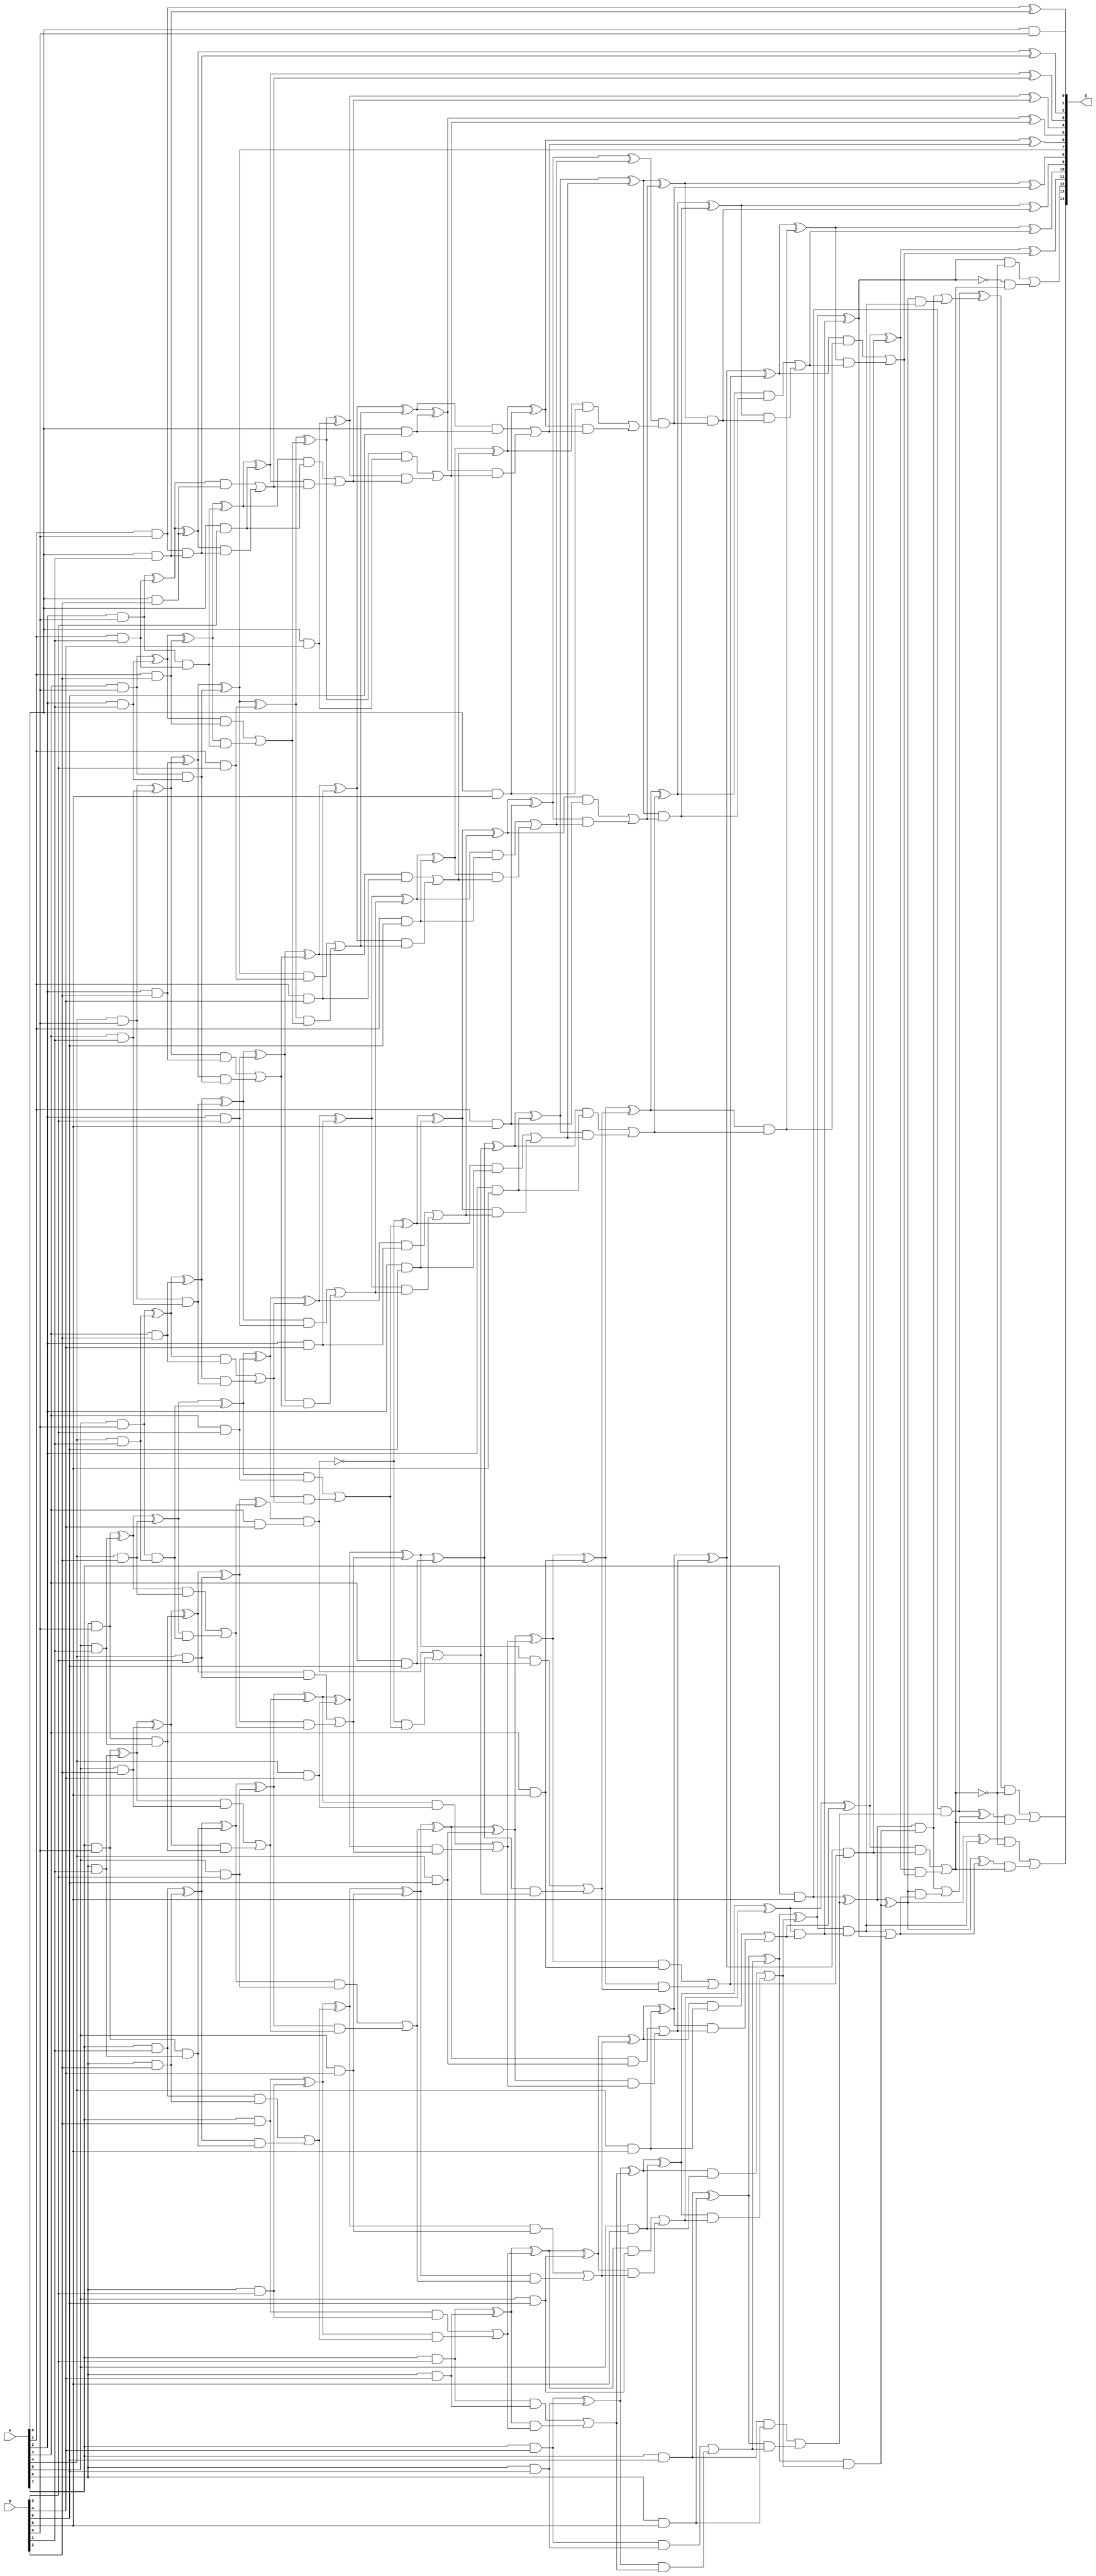
/***
* This code is a part of EvoApproxLib library (ehw.fit.vutbr.cz/approxlib) distributed under The MIT License.
* When used, please cite the following article(s): V. Mrazek, L. Sekanina, Z. Vasicek "Libraries of Approximate Circuits: Automated Design and Application in CNN Accelerators" IEEE Journal on Emerging and Selected Topics in Circuits and Systems, Vol 10, No 4, 2020 
* This file contains a circuit from a sub-set of pareto optimal circuits with respect to the pwr and ep parameters
***/
// MAE% = 0.25 %
// MAE = 82 
// WCE% = 0.78 %
// WCE = 256 
// WCRE% = 800.00 %
// EP% = 56.99 %
// MRE% = 5.77 %
// MSE = 12964 
// PDK45_PWR = 0.318 mW
// PDK45_AREA = 611.0 um2
// PDK45_DELAY = 1.45 ns

module mul8x7u_1FZ (
    A,
    B,
    O
);

input [7:0] A;
input [6:0] B;
output [14:0] O;

wire sig_15,sig_16,sig_17,sig_18,sig_19,sig_20,sig_21,sig_22,sig_23,sig_24,sig_25,sig_26,sig_27,sig_28,sig_29,sig_30,sig_31,sig_32,sig_33,sig_34;
wire sig_35,sig_36,sig_37,sig_38,sig_39,sig_40,sig_41,sig_42,sig_43,sig_44,sig_45,sig_46,sig_47,sig_48,sig_49,sig_50,sig_51,sig_52,sig_53,sig_54;
wire sig_55,sig_56,sig_57,sig_58,sig_59,sig_60,sig_61,sig_62,sig_63,sig_64,sig_65,sig_66,sig_67,sig_68,sig_69,sig_70,sig_71,sig_72,sig_73,sig_74;
wire sig_75,sig_76,sig_77,sig_78,sig_79,sig_80,sig_81,sig_82,sig_83,sig_84,sig_85,sig_86,sig_87,sig_88,sig_89,sig_90,sig_91,sig_92,sig_93,sig_94;
wire sig_95,sig_96,sig_97,sig_98,sig_99,sig_100,sig_101,sig_102,sig_103,sig_104,sig_105,sig_106,sig_107,sig_108,sig_109,sig_110,sig_111,sig_112,sig_113,sig_114;
wire sig_115,sig_116,sig_117,sig_118,sig_119,sig_120,sig_121,sig_122,sig_123,sig_124,sig_125,sig_126,sig_127,sig_128,sig_129,sig_130,sig_131,sig_132,sig_133,sig_134;
wire sig_135,sig_136,sig_137,sig_138,sig_139,sig_140,sig_141,sig_142,sig_143,sig_144,sig_145,sig_146,sig_147,sig_148,sig_149,sig_150,sig_151,sig_152,sig_153,sig_154;
wire sig_155,sig_156,sig_157,sig_158,sig_159,sig_160,sig_161,sig_162,sig_163,sig_164,sig_165,sig_166,sig_167,sig_168,sig_169,sig_170,sig_171,sig_172,sig_173,sig_174;
wire sig_175,sig_176,sig_177,sig_178,sig_179,sig_180,sig_181,sig_182,sig_183,sig_184,sig_185,sig_186,sig_187,sig_188,sig_189,sig_190,sig_191,sig_192,sig_193,sig_194;
wire sig_195,sig_196,sig_197,sig_198,sig_199,sig_200,sig_201,sig_202,sig_203,sig_204,sig_205,sig_206,sig_207,sig_208,sig_209,sig_210,sig_211,sig_212,sig_213,sig_214;
wire sig_215,sig_216,sig_217,sig_218,sig_219,sig_220,sig_221,sig_222,sig_223,sig_224,sig_225,sig_226,sig_227,sig_228,sig_229,sig_230,sig_231,sig_232,sig_233,sig_234;
wire sig_235,sig_236,sig_237,sig_238,sig_239,sig_240,sig_241,sig_242,sig_243,sig_244,sig_245,sig_246,sig_247,sig_248,sig_249,sig_250,sig_251,sig_252,sig_253,sig_254;
wire sig_255,sig_256,sig_257,sig_258,sig_259,sig_260,sig_262,sig_263,sig_264,sig_265,sig_266,sig_267,sig_268,sig_269,sig_270,sig_271,sig_272,sig_273,sig_274,sig_275;
wire sig_276,sig_277,sig_278,sig_279,sig_280,sig_281,sig_282,sig_283,sig_284,sig_285,sig_286,sig_287,sig_288,sig_289,sig_290,sig_291,sig_292,sig_293,sig_294,sig_295;
wire sig_296,sig_297,sig_298,sig_299,sig_300,sig_301,sig_302,sig_303,sig_304,sig_305,sig_306,sig_307,sig_308,sig_309,sig_310,sig_311,sig_312,sig_313,sig_314,sig_315;
wire sig_316,sig_317,sig_318,sig_319,sig_320;

assign sig_15 = A[0] & B[0];
assign sig_16 = A[1] & B[0];
assign sig_17 = A[2] & B[0];
assign sig_18 = A[3] & B[0];
assign sig_19 = A[4] & B[0];
assign sig_20 = A[5] & B[0];
assign sig_21 = A[6] & B[0];
assign sig_22 = A[7] & B[0];
assign sig_23 = A[0] & B[1];
assign sig_24 = A[1] & B[1];
assign sig_25 = A[2] & B[1];
assign sig_26 = A[3] & B[1];
assign sig_27 = A[4] & B[1];
assign sig_28 = A[5] & B[1];
assign sig_29 = A[6] & B[1];
assign sig_30 = A[7] & B[1];
assign sig_31 = sig_16 & sig_23;
assign sig_32 = sig_16 ^ sig_23;
assign sig_33 = sig_17 & sig_24;
assign sig_34 = sig_17 ^ sig_24;
assign sig_35 = sig_18 & sig_25;
assign sig_36 = sig_18 ^ sig_25;
assign sig_37 = sig_19 & sig_26;
assign sig_38 = sig_19 ^ sig_26;
assign sig_39 = sig_20 & sig_27;
assign sig_40 = sig_20 ^ sig_27;
assign sig_41 = sig_21 & sig_28;
assign sig_42 = sig_21 ^ sig_28;
assign sig_43 = sig_22 & sig_29;
assign sig_44 = sig_22 ^ sig_29;
assign sig_45 = A[0] & B[2];
assign sig_46 = A[1] & B[2];
assign sig_47 = A[2] & B[2];
assign sig_48 = A[3] & B[2];
assign sig_49 = A[4] & B[2];
assign sig_50 = A[5] & B[2];
assign sig_51 = A[6] & B[2];
assign sig_52 = A[7] & B[2];
assign sig_53 = sig_34 ^ sig_45;
assign sig_54 = sig_34 & sig_45;
assign sig_55 = sig_53 & sig_31;
assign sig_56 = sig_53 ^ sig_31;
assign sig_57 = sig_54 | sig_55;
assign sig_58 = sig_36 ^ sig_46;
assign sig_59 = sig_36 & sig_46;
assign sig_60 = sig_58 & sig_33;
assign sig_61 = sig_58 ^ sig_33;
assign sig_62 = sig_59 | sig_60;
assign sig_63 = sig_38 ^ sig_47;
assign sig_64 = sig_38 & sig_47;
assign sig_65 = sig_63 & sig_35;
assign sig_66 = sig_63 ^ sig_35;
assign sig_67 = sig_64 | sig_65;
assign sig_68 = sig_40 ^ sig_48;
assign sig_69 = sig_40 & sig_48;
assign sig_70 = sig_68 & sig_37;
assign sig_71 = sig_68 ^ sig_37;
assign sig_72 = sig_69 | sig_70;
assign sig_73 = sig_42 ^ sig_49;
assign sig_74 = sig_42 & sig_49;
assign sig_75 = sig_73 & sig_39;
assign sig_76 = sig_73 ^ sig_39;
assign sig_77 = sig_74 | sig_75;
assign sig_78 = sig_44 ^ sig_50;
assign sig_79 = sig_44 & sig_50;
assign sig_80 = sig_78 & sig_41;
assign sig_81 = sig_78 ^ sig_41;
assign sig_82 = sig_79 | sig_80;
assign sig_83 = sig_30 ^ sig_51;
assign sig_84 = sig_30 & sig_51;
assign sig_85 = sig_83 & sig_43;
assign sig_86 = sig_83 ^ sig_43;
assign sig_87 = sig_84 | sig_85;
assign sig_88 = A[0] & B[3];
assign sig_89 = A[1] & B[3];
assign sig_90 = A[2] & B[3];
assign sig_91 = A[3] & B[3];
assign sig_92 = A[4] & B[3];
assign sig_93 = A[5] & B[3];
assign sig_94 = A[6] & B[3];
assign sig_95 = A[7] & B[3];
assign sig_96 = sig_61 ^ sig_88;
assign sig_97 = sig_61 & sig_88;
assign sig_98 = sig_96 & sig_57;
assign sig_99 = sig_96 ^ sig_57;
assign sig_100 = sig_97 | sig_98;
assign sig_101 = sig_66 ^ sig_89;
assign sig_102 = sig_66 & sig_89;
assign sig_103 = sig_101 & sig_62;
assign sig_104 = sig_101 ^ sig_62;
assign sig_105 = sig_102 | sig_103;
assign sig_106 = sig_71 ^ sig_90;
assign sig_107 = sig_71 & sig_90;
assign sig_108 = sig_106 & sig_67;
assign sig_109 = sig_106 ^ sig_67;
assign sig_110 = sig_107 | sig_108;
assign sig_111 = sig_76 ^ sig_91;
assign sig_112 = sig_76 & sig_91;
assign sig_113 = sig_111 & sig_72;
assign sig_114 = sig_111 ^ sig_72;
assign sig_115 = sig_112 | sig_113;
assign sig_116 = sig_81 ^ sig_92;
assign sig_117 = sig_81 & sig_92;
assign sig_118 = sig_116 & sig_77;
assign sig_119 = sig_116 ^ sig_77;
assign sig_120 = sig_117 | sig_118;
assign sig_121 = sig_86 ^ sig_93;
assign sig_122 = sig_86 & sig_93;
assign sig_123 = sig_121 & sig_82;
assign sig_124 = sig_121 ^ sig_82;
assign sig_125 = sig_122 | sig_123;
assign sig_126 = sig_52 ^ sig_94;
assign sig_127 = sig_52 & sig_94;
assign sig_128 = sig_126 & sig_87;
assign sig_129 = sig_126 ^ sig_87;
assign sig_130 = sig_127 | sig_128;
assign sig_131 = A[0] & B[4];
assign sig_132 = A[1] & B[4];
assign sig_133 = A[2] & B[4];
assign sig_134 = A[3] & B[4];
assign sig_135 = A[4] & B[4];
assign sig_136 = A[5] & B[4];
assign sig_137 = A[6] & B[4];
assign sig_138 = A[7] & B[4];
assign sig_139 = sig_104 ^ sig_131;
assign sig_140 = sig_104 & sig_131;
assign sig_141 = sig_139 & sig_100;
assign sig_142 = sig_139 ^ sig_100;
assign sig_143 = sig_140 | sig_141;
assign sig_144 = sig_109 ^ sig_132;
assign sig_145 = sig_109 & sig_132;
assign sig_146 = sig_144 & sig_105;
assign sig_147 = sig_144 ^ sig_105;
assign sig_148 = sig_145 | sig_146;
assign sig_149 = sig_114 ^ sig_133;
assign sig_150 = sig_114 & sig_133;
assign sig_151 = sig_149 & sig_110;
assign sig_152 = sig_149 ^ sig_110;
assign sig_153 = sig_150 | sig_151;
assign sig_154 = ~(sig_119 & sig_134);
assign sig_155 = sig_119 & sig_134;
assign sig_156 = sig_154 & sig_115;
assign sig_157 = sig_154 ^ sig_115;
assign sig_158 = sig_155 | sig_156;
assign sig_159 = sig_124 ^ sig_135;
assign sig_160 = sig_124 & sig_135;
assign sig_161 = sig_159 & sig_120;
assign sig_162 = sig_159 ^ sig_120;
assign sig_163 = sig_160 | sig_161;
assign sig_164 = sig_129 ^ sig_136;
assign sig_165 = sig_129 & sig_136;
assign sig_166 = sig_164 & sig_125;
assign sig_167 = sig_164 ^ sig_125;
assign sig_168 = sig_165 | sig_166;
assign sig_169 = sig_95 ^ sig_137;
assign sig_170 = sig_95 & sig_137;
assign sig_171 = sig_169 & sig_130;
assign sig_172 = sig_169 ^ sig_130;
assign sig_173 = sig_170 | sig_171;
assign sig_174 = A[0] & B[5];
assign sig_175 = A[1] & B[5];
assign sig_176 = A[2] & B[5];
assign sig_177 = A[3] & B[5];
assign sig_178 = A[4] & B[5];
assign sig_179 = A[5] & B[5];
assign sig_180 = A[6] & B[5];
assign sig_181 = A[7] & B[5];
assign sig_182 = sig_147 ^ sig_174;
assign sig_183 = sig_147 & sig_174;
assign sig_184 = sig_182 & sig_143;
assign sig_185 = sig_182 ^ sig_143;
assign sig_186 = sig_183 | sig_184;
assign sig_187 = sig_152 ^ sig_175;
assign sig_188 = sig_152 & sig_175;
assign sig_189 = sig_187 & sig_148;
assign sig_190 = sig_187 ^ sig_148;
assign sig_191 = sig_188 | sig_189;
assign sig_192 = sig_157 ^ sig_176;
assign sig_193 = sig_157 & sig_176;
assign sig_194 = sig_192 & sig_153;
assign sig_195 = sig_192 ^ sig_153;
assign sig_196 = sig_193 | sig_194;
assign sig_197 = sig_162 ^ sig_177;
assign sig_198 = sig_162 & sig_177;
assign sig_199 = sig_197 & sig_158;
assign sig_200 = sig_197 ^ sig_158;
assign sig_201 = sig_198 | sig_199;
assign sig_202 = sig_167 ^ sig_178;
assign sig_203 = sig_167 & sig_178;
assign sig_204 = sig_202 & sig_163;
assign sig_205 = sig_202 ^ sig_163;
assign sig_206 = sig_203 | sig_204;
assign sig_207 = sig_172 ^ sig_179;
assign sig_208 = sig_172 & sig_179;
assign sig_209 = sig_207 & sig_168;
assign sig_210 = sig_207 ^ sig_168;
assign sig_211 = sig_208 | sig_209;
assign sig_212 = sig_138 ^ sig_180;
assign sig_213 = sig_138 & sig_180;
assign sig_214 = sig_212 & sig_173;
assign sig_215 = sig_212 ^ sig_173;
assign sig_216 = sig_213 | sig_214;
assign sig_217 = A[0] & B[6];
assign sig_218 = A[1] & B[6];
assign sig_219 = A[2] & B[6];
assign sig_220 = A[3] & B[6];
assign sig_221 = A[4] & B[6];
assign sig_222 = A[5] & B[6];
assign sig_223 = A[6] & B[6];
assign sig_224 = A[7] & B[6];
assign sig_225 = sig_190 ^ sig_217;
assign sig_226 = sig_190 & sig_217;
assign sig_227 = sig_225 & sig_186;
assign sig_228 = sig_225 ^ sig_186;
assign sig_229 = sig_226 | sig_227;
assign sig_230 = sig_195 ^ sig_218;
assign sig_231 = sig_195 & sig_218;
assign sig_232 = sig_230 & sig_191;
assign sig_233 = sig_230 ^ sig_191;
assign sig_234 = sig_231 | sig_232;
assign sig_235 = sig_200 ^ sig_219;
assign sig_236 = sig_200 & sig_219;
assign sig_237 = sig_235 & sig_196;
assign sig_238 = sig_235 ^ sig_196;
assign sig_239 = sig_236 | sig_237;
assign sig_240 = sig_205 ^ sig_220;
assign sig_241 = sig_205 & sig_220;
assign sig_242 = sig_240 & sig_201;
assign sig_243 = sig_240 ^ sig_201;
assign sig_244 = sig_241 | sig_242;
assign sig_245 = sig_210 ^ sig_221;
assign sig_246 = sig_210 & sig_221;
assign sig_247 = sig_245 & sig_206;
assign sig_248 = sig_245 ^ sig_206;
assign sig_249 = sig_246 | sig_247;
assign sig_250 = sig_215 ^ sig_222;
assign sig_251 = sig_215 & sig_222;
assign sig_252 = sig_250 & sig_211;
assign sig_253 = sig_250 ^ sig_211;
assign sig_254 = sig_251 | sig_252;
assign sig_255 = sig_181 ^ sig_223;
assign sig_256 = sig_181 & sig_223;
assign sig_257 = sig_255 & sig_216;
assign sig_258 = sig_255 ^ sig_216;
assign sig_259 = sig_256 | sig_257;
assign sig_260 = sig_233 & sig_229;
assign sig_262 = sig_238 & sig_234;
assign sig_263 = sig_238 ^ sig_234;
assign sig_264 = sig_243 & sig_239;
assign sig_265 = sig_243 ^ sig_239;
assign sig_266 = sig_248 & sig_244;
assign sig_267 = sig_248 ^ sig_244;
assign sig_268 = sig_253 & sig_249;
assign sig_269 = sig_253 ^ sig_249;
assign sig_270 = sig_258 & sig_254;
assign sig_271 = sig_258 ^ sig_254;
assign sig_272 = sig_224 & sig_259;
assign sig_273 = sig_224 ^ sig_259;
assign sig_274 = sig_263 ^ sig_260;
assign sig_275 = sig_263 & sig_260;
assign sig_276 = sig_265 ^ sig_262;
assign sig_277 = sig_265 & sig_262;
assign sig_278 = sig_276 & sig_275;
assign sig_279 = sig_276 ^ sig_275;
assign sig_280 = sig_277 | sig_278;
assign sig_281 = sig_267 ^ sig_264;
assign sig_282 = sig_267 & sig_264;
assign sig_283 = sig_281 & sig_280;
assign sig_284 = sig_281 ^ sig_280;
assign sig_285 = sig_282 | sig_283;
assign sig_286 = sig_269 ^ sig_266;
assign sig_287 = sig_269 & sig_266;
assign sig_288 = sig_286 & sig_285;
assign sig_289 = sig_286 ^ sig_285;
assign sig_290 = sig_287 | sig_288;
assign sig_291 = sig_271 ^ sig_268;
assign sig_292 = sig_271 & sig_268;
assign sig_293 = sig_273 ^ sig_270;
assign sig_294 = sig_273 & sig_270;
assign sig_295 = sig_293 & sig_292;
assign sig_296 = sig_293 ^ sig_292;
assign sig_297 = sig_294 | sig_295;
assign sig_298 = sig_272 ^ sig_297;
assign sig_299 = sig_271 ^ sig_268;
assign sig_300 = sig_271 & sig_268;
assign sig_301 = ~sig_299;
assign sig_302 = sig_300 | sig_299;
assign sig_303 = sig_273 ^ sig_270;
assign sig_304 = sig_273 & sig_270;
assign sig_305 = sig_303 & sig_302;
assign sig_306 = sig_303 ^ sig_302;
assign sig_307 = sig_304 | sig_305;
assign sig_308 = sig_272 ^ sig_307;
assign sig_309 = ~sig_290;
assign sig_310 = sig_291 & sig_309;
assign sig_311 = sig_301 & sig_290;
assign sig_312 = sig_310 | sig_311;
assign sig_313 = ~sig_290;
assign sig_314 = sig_296 & sig_313;
assign sig_315 = sig_306 & sig_290;
assign sig_316 = sig_314 | sig_315;
assign sig_317 = ~sig_290;
assign sig_318 = sig_298 & sig_317;
assign sig_319 = sig_308 & sig_290;
assign sig_320 = sig_318 | sig_319;

assign O[14] = sig_320;
assign O[13] = sig_316;
assign O[12] = sig_312;
assign O[11] = sig_289;
assign O[10] = sig_284;
assign O[9] = sig_279;
assign O[8] = sig_274;
assign O[7] = sig_66;
assign O[6] = sig_228;
assign O[5] = sig_185;
assign O[4] = sig_142;
assign O[3] = sig_99;
assign O[2] = sig_56;
assign O[1] = sig_32;
assign O[0] = sig_15;

endmodule